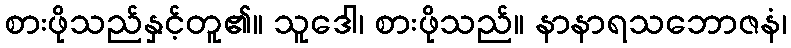
စားဖိုသည်နှင့်တူ၏။ သူဒေါ၊ စားဖိုသည်။ နာနာရသဘောဇနံ၊